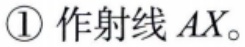
\textcircled{1} 作射线 \(AX\)。